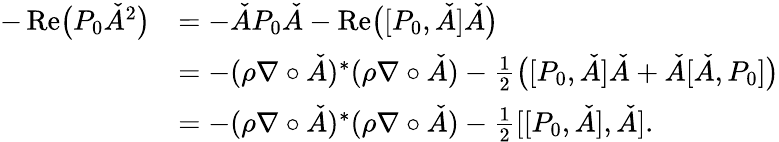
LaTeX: \begin{array}{rl}{-\operatorname{Re}\bigl(P_{0}\check{A}^{2}\bigr)}&{=-\check{A}P_{0}\check{A}-\operatorname{Re}\bigl([P_{0},\check{A}]\check{A}\bigr)}\\ &{=-(\rho\nabla\circ\check{A})^{*}(\rho\nabla\circ\check{A})-{\frac{1}{2}}\bigl([P_{0},\check{A}]\check{A}+\check{A}[\check{A},P_{0}]\bigr)}\\ &{=-(\rho\nabla\circ\check{A})^{*}(\rho\nabla\circ\check{A})-{\frac{1}{2}}[[P_{0},\check{A}],\check{A}].}\end{array}